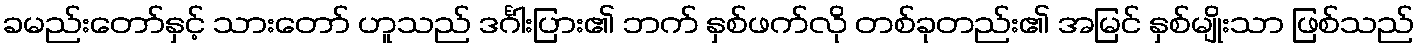
ခမည်းတော်နှင့် သားတော် ဟူသည် ဒင်္ဂါးပြား၏ ဘက် နှစ်ဖက်လို တစ်ခုတည်း၏ အမြင် နှစ်မျိုးသာ ဖြစ်သည်